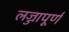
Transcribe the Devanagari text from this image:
लज्जापूर्ण